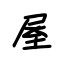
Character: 屋